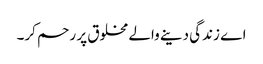
اے زندگی دینے والے مخلوق پر رحم کر۔